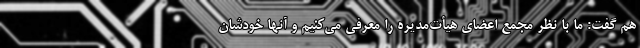
هم گفت: ما با نظر مجمع اعضای هیأت‌مدیره را معرفی می‌کنیم و آنها خودشان